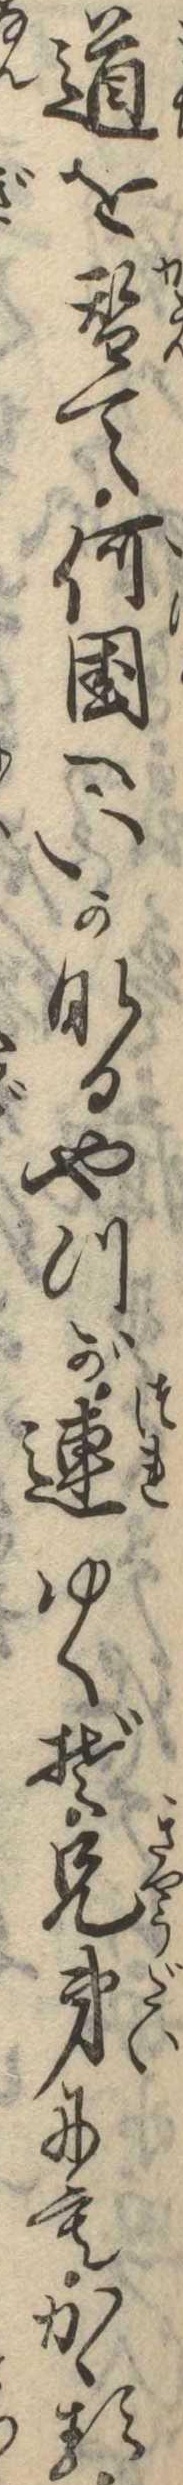
道を替て何国へいかなるやつが連ゆくぞ兄弟にもかゝる